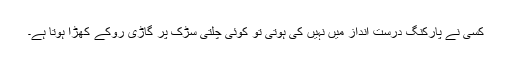
کسی نے پارکنگ درست انداز میں نہیں کی ہوتی تو کوئی چلتی سڑک پر گاڑی روکے کھڑا ہوتا ہے۔